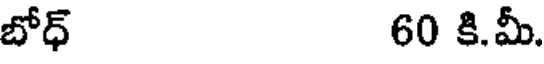
బోధ్ 60 కి.మీ.